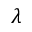
\lambda